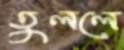
তুললে